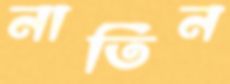
নাতিন